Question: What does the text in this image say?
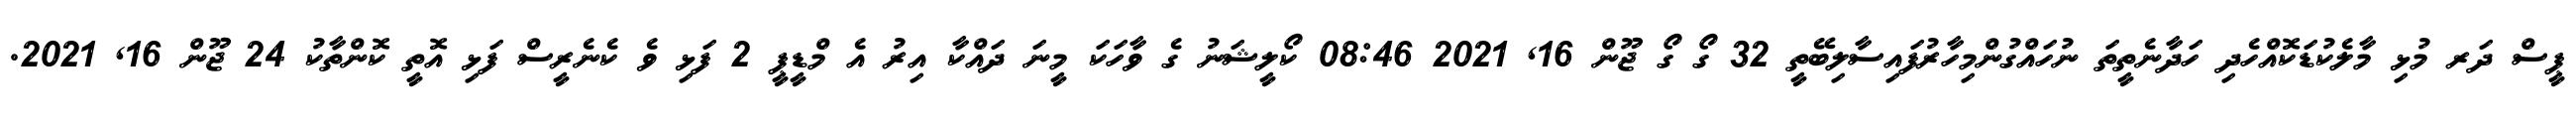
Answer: ޕީސް ދަރ މުޅި މާލެކުޑަކޮއްހެދި ހަދާނެތީތަ ނުހައްގުންމިހާރުފައިސާލިބޭތީ 32 ގޯ ގޯ ޖޫން 16, 2021 08:46 ކޯލީޝަނު ގެ ވާހަކަ މީނަ ދައްކާ އިރު އެ މްޑީޕީ 2 ފަޅި ވެ ކެނެރީސް ފަޅި އޮތީ ކޮންތާކު 24 ޖޫން 16, 2021.